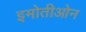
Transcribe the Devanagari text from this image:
इमोतीओन